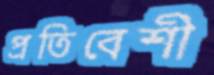
প্রতিবেশী